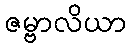
ဇမ္ဗာလိယာ